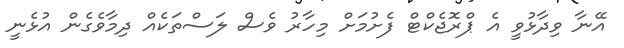
އޭނާ ވިދާޅުވީ އެ ޕްރޮޖެކްޓް ފެށުމަށް މިހާރު ވެސް ލަސްތަކެއް ދިމާވެގެން އުޅެނީ